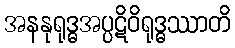
အနနုရုဒ္ဓအပ္ပဋိဝိရုဒ္ဓဿာတိ